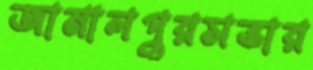
জামালপুরসভার